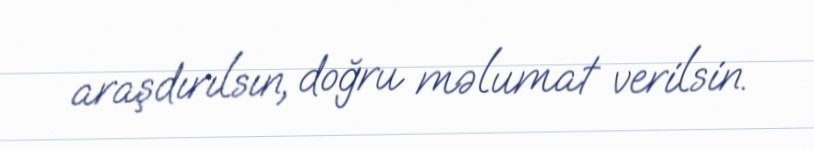
araşdırılsın, doğru məlumat verilsin.